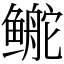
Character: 鿸